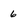
Character: 6